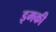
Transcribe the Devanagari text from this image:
इमकी